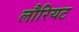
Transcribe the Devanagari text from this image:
लौरियट